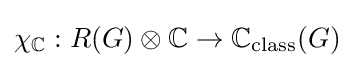
\chi _{\mathbb {C} }:R(G)\otimes \mathbb {C} \to \mathbb {C} _{\text{class}}(G)